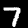
Digit: 7